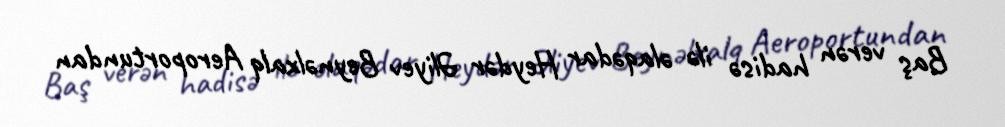
Baş verən hadisə ilə əlaqədar Heydər Əliyev Beynəlxalq Aeroportundan